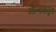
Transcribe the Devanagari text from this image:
नैल्डकठूड